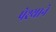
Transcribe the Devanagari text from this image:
पेश्याने